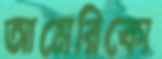
আমেরিকো